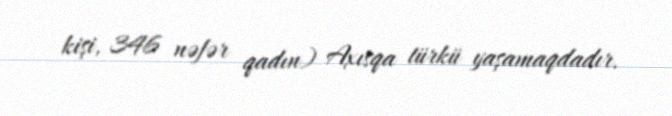
kişi, 346 nəfər qadın) Axısqa türkü yaşamaqdadır.